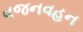
વજનવહન